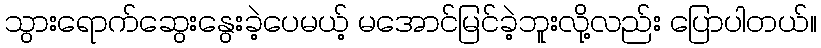
သွားရောက်ဆွေးနွေးခဲ့ပေမယ့် မအောင်မြင်ခဲ့ဘူးလို့လည်း ပြောပါတယ်။